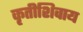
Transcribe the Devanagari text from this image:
कृतीशिवाय